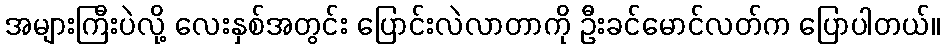
အများကြီးပဲလို့ လေးနှစ်အတွင်း ပြောင်းလဲလာတာကို ဦးခင်မောင်လတ်က ပြောပါတယ်။